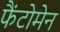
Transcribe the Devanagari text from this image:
फैंटोमेन